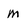
Character: m